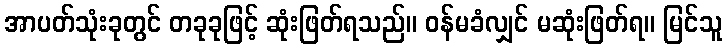
အာပတ်သုံးခုတွင် တခုခုဖြင့် ဆုံးဖြတ်ရသည်။ ဝန်မခံလျှင် မဆုံးဖြတ်ရ။ မြင်သူ